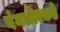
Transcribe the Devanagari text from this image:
बंगलोरकडे